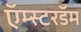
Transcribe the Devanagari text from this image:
ऍम्स्टरडॅम